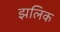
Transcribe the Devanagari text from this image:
झलिक